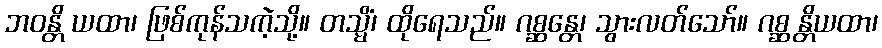
ဘဝန္တိ ယထာ၊ ဖြစ်ကုန်သကဲ့သို့။ တသ္မိံ၊ ထိုရေသည်။ ဂစ္ဆန္တေ၊ သွားလတ်သော်။ ဂစ္ဆန္တိယထာ၊